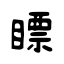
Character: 瞟